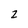
Character: 2